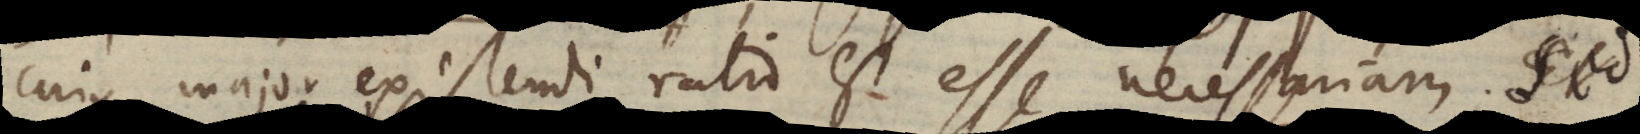
cujus major existendi ratio est esse necessariam. Et